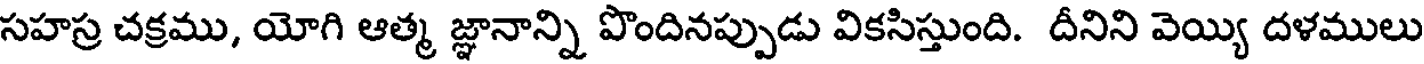
సహస్ర చక్రము, యోగి ఆత్మ జ్ఞానాన్ని పొందినప్పుడు వికసిస్తుంది. దీనిని వెయ్యి దళములు